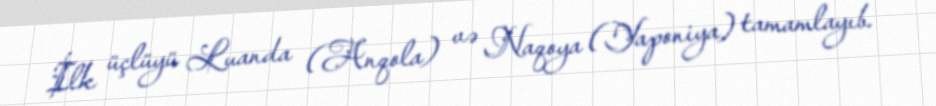
İlk üçlüyü Luanda (Anqola) və Naqoya (Yaponiya) tamamlayıb.